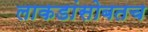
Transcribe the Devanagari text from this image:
लाकडांसोबतच